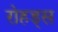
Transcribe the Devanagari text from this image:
रोहड्स